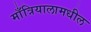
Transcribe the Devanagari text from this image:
माँत्रियालामधील